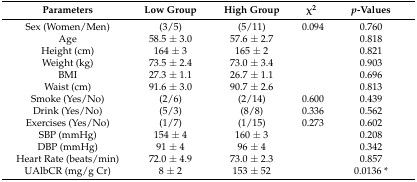
| Parameters | Low Group | High Group | χ2 | p-Values |
 | --- | --- | --- | --- | --- |
 | Sex (Women/Men) | (3/5) | (5/11) | 0.094 | 0.760 |
 | Age | 58.5 ± 3.0 | 57.6 ± 2.7 |  | 0.818 |
 | Height (cm) | 164 ± 3 | 165 ± 2 |  | 0.821 |
 | Weight (kg) | 73.5 ± 2.4 | 73.0 ± 3.4 |  | 0.903 |
 | BMI | 27.3 ± 1.1 | 26.7 ± 1.1 |  | 0.696 |
 | Waist (cm) | 91.6 ± 3.0 | 90.7 ± 2.6 |  | 0.813 |
 | Smoke (Yes/No) | (2/6) | (2/14) | 0.600 | 0.439 |
 | Drink (Yes/No) | (5/3) | (8/8) | 0.336 | 0.562 |
 | Exercises (Yes/No) | (1/7) | (1/15) | 0.273 | 0.602 |
 | SBP (mmHg) | 154 ± 4 | 160 ± 3 |  | 0.208 |
 | DBP (mmHg) | 91 ± 4 | 96 ± 4 |  | 0.342 |
 | Heart Rate (beats/min) | 72.0 ± 4.9 | 73.0 ± 2.3 |  | 0.857 |
 | UAlbCR (mg/g Cr) | 8 ± 2 | 153 ± 52 |  | 0.0136 * |